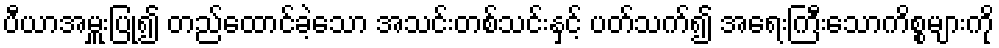
ပီယာအမှူးပြု၍ တည်ထောင်ခဲ့သော အသင်းတစ်သင်းနှင့် ပတ်သက်၍ အရေးကြီးသောကိစ္စများကို